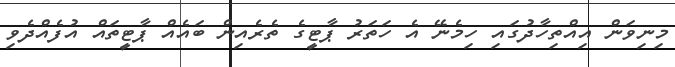
މިނިވަން އިއްތިހާދުގައި ހިމެނޭ އެ ހަތަރު ޕާޓީގެ ތެރެއިން ބައެއް ޕާޓީތައް އުފެއްދެވި